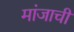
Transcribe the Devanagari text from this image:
मांजाची